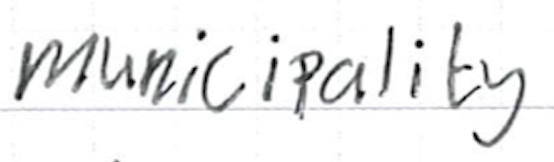
Text: municipality
Cross-out: clean
Writing tool: ballpoint